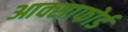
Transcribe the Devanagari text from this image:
आक्साफोर्ड